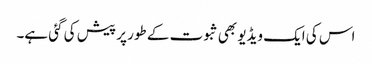
اس کی ایک ویڈیو بھی ثبوت کے طور پر پیش کی گئی ہے۔